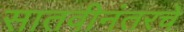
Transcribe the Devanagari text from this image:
सातवीनंतरचे